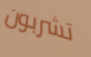
تشربون